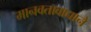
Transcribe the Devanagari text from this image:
मानवतावाद्याने